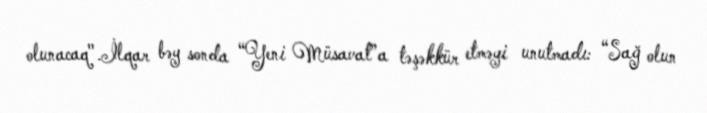
olunacaq".İlqar bəy sonda “Yeni Müsavat”a təşəkkür etməyi unutmadı: “Sağ olun